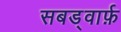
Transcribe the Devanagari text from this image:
सबड्वार्फ़